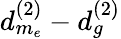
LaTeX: d_{m_{e}}^{(2)}-d_{g}^{(2)}